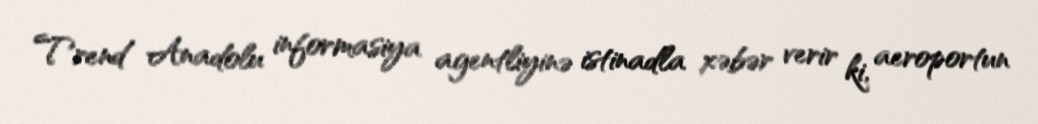
Trend Anadolu informasiya agentliyinə istinadla xəbər verir ki, aeroportun